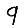
Digit: 9